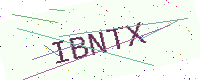
Text: IBNTX